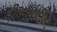
ડીઆઇવાય